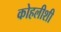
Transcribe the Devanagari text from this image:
कोहलीशी